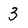
Character: 3